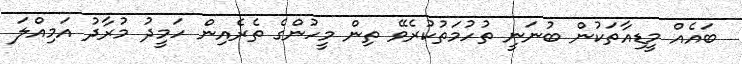
ބައެއް މީޑިއާތަކުން ބުނަނީ ތުހުމަތުކުރެވޭ ތިން މީހުންގެ ތެރެއިން ހަމީދު މުރާދު އަމިއްލަ